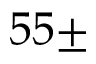
5 5 \pm